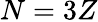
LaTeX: N=3Z